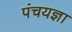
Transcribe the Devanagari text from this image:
पंचयज्ञा